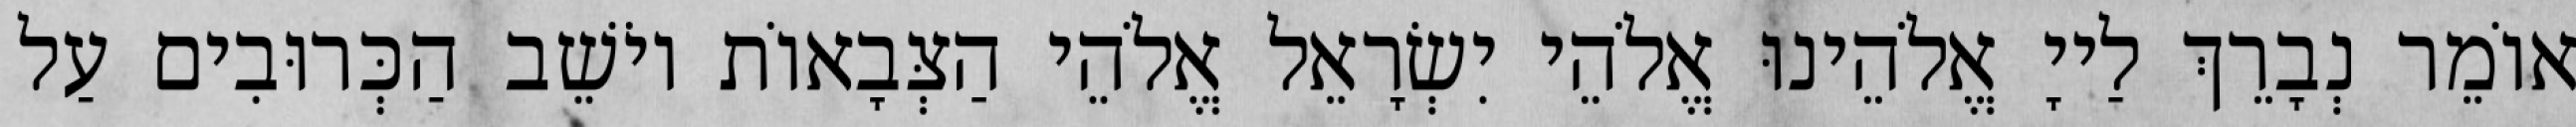
אוֹמֵר נְבָרֵךְ לַייָ אֱלֹהֵינוּ אֱלֹהֵי יִשְׂרָאֵל אֱלֹהֵי הַצְּבָאוֹת יוֹשֵׁב הַכְּרוּבִים עַל